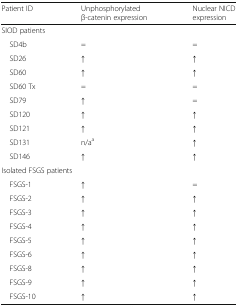
<table><thead><tr><td><b>Patient ID</b></td><td><b>Unphosphorylated β-catenin expression</b></td><td><b>Nuclear NICD expression</b></td></tr></thead><tbody><tr><td colspan="3">SIOD patients</td></tr><tr><td> SD4b</td><td>=</td><td>=</td></tr><tr><td> SD26</td><td><b>↑</b></td><td><b>↑</b></td></tr><tr><td> SD60</td><td><b>↑</b></td><td><b>↑</b></td></tr><tr><td> SD60 Tx</td><td>=</td><td>=</td></tr><tr><td> SD79</td><td><b>↑</b></td><td>=</td></tr><tr><td> SD120</td><td><b>↑</b></td><td><b>↑</b></td></tr><tr><td> SD121</td><td><b>↑</b></td><td><b>↑</b></td></tr><tr><td> SD131</td><td>n/a<sup>a</sup></td><td><b>↑</b></td></tr><tr><td> SD146</td><td><b>↑</b></td><td><b>↑</b></td></tr><tr><td colspan="3">Isolated FSGS patients</td></tr><tr><td> FSGS-1</td><td><b>↑</b></td><td>=</td></tr><tr><td> FSGS-2</td><td><b>↑</b></td><td><b>↑</b></td></tr><tr><td> FSGS-3</td><td><b>↑</b></td><td><b>↑</b></td></tr><tr><td> FSGS-4</td><td><b>↑</b></td><td><b>↑</b></td></tr><tr><td> FSGS-5</td><td><b>↑</b></td><td><b>↑</b></td></tr><tr><td> FSGS-6</td><td><b>↑</b></td><td><b>↑</b></td></tr><tr><td> FSGS-8</td><td><b>↑</b></td><td><b>↑</b></td></tr><tr><td> FSGS-9</td><td><b>↑</b></td><td><b>↑</b></td></tr><tr><td> FSGS-10</td><td><b>↑</b></td><td><b>↑</b></td></tr></tbody></table>